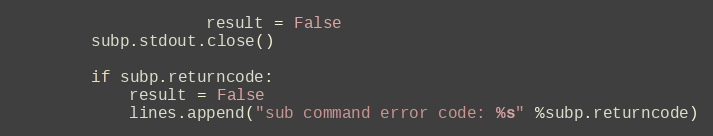
Language: Python
                    result = False
        subp.stdout.close()

        if subp.returncode:
            result = False
            lines.append("sub command error code: %s" %subp.returncode)